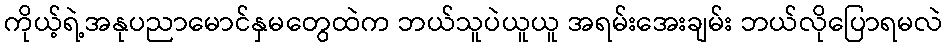
ကိုယ့်ရဲ့အနုပညာမောင်နှမတွေထဲက ဘယ်သူပဲယူယူ အရမ်းအေးချမ်း ဘယ်လိုပြောရမလဲ